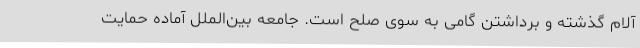
آلام گذشته و برداشتن گامی به سوی صلح است. جامعه بین‌الملل آماده حمایت